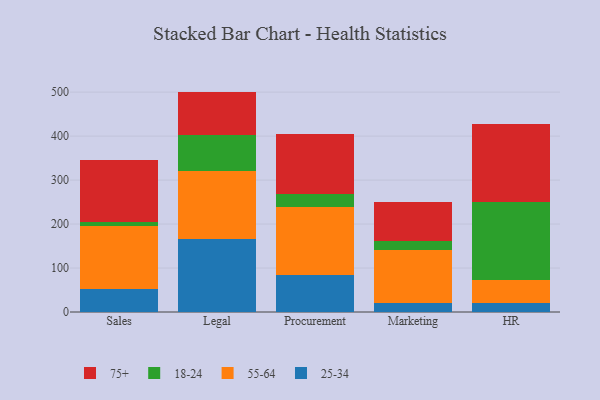
{"axis": {"x": "Department", "y": "Page Views"}, "legend": ["18-24", "25-34", "55-64", "75+"], "data": [{"x": "Sales", "y": 52.7, "type": "25-34"}, {"x": "Sales", "y": 142.8, "type": "55-64"}, {"x": "Sales", "y": 8.1, "type": "18-24"}, {"x": "Sales", "y": 142.2, "type": "75+"}, {"x": "Legal", "y": 166.6, "type": "25-34"}, {"x": "Legal", "y": 153.0, "type": "55-64"}, {"x": "Legal", "y": 83.4, "type": "18-24"}, {"x": "Legal", "y": 98.2, "type": "75+"}, {"x": "Procurement", "y": 83.6, "type": "25-34"}, {"x": "Procurement", "y": 154.6, "type": "55-64"}, {"x": "Procurement", "y": 30.1, "type": "18-24"}, {"x": "Procurement", "y": 136.0, "type": "75+"}, {"x": "Marketing", "y": 20.1, "type": "25-34"}, {"x": "Marketing", "y": 120.1, "type": "55-64"}, {"x": "Marketing", "y": 21.4, "type": "18-24"}, {"x": "Marketing", "y": 87.6, "type": "75+"}, {"x": "HR", "y": 20.7, "type": "25-34"}, {"x": "HR", "y": 52.0, "type": "55-64"}, {"x": "HR", "y": 177.3, "type": "18-24"}, {"x": "HR", "y": 178.6, "type": "75+"}]}